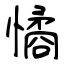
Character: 憰